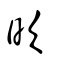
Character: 欥